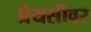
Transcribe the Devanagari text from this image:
प्रेयसीवर